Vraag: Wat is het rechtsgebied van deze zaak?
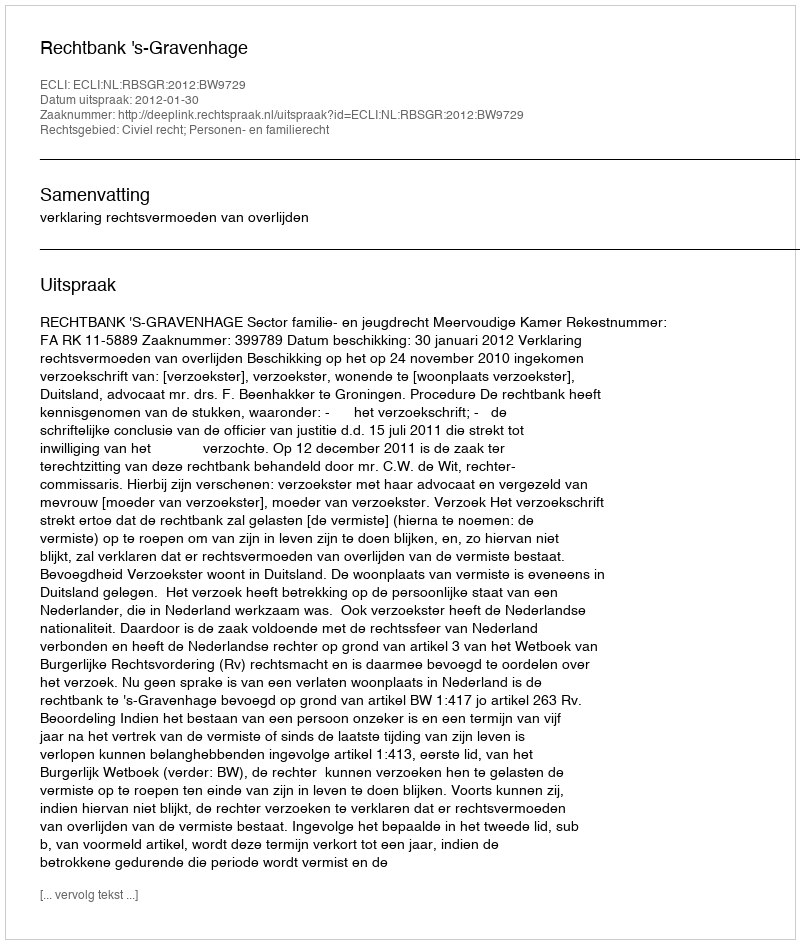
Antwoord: Civiel recht; Personen- en familierecht